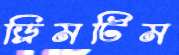
ড্রিমটিম